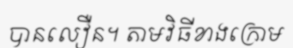
បានលឿន។ តាមវិធីខាងក្រោម